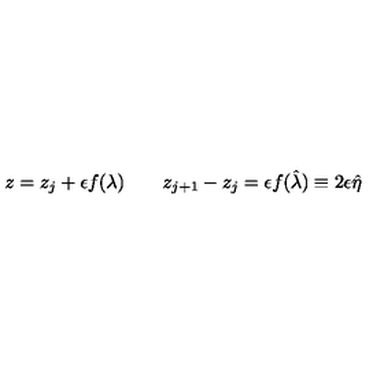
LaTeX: z = z _ { j } + \epsilon f ( \lambda ) \qquad z _ { j + 1 } - z _ { j } = \epsilon f ( \hat { \lambda } ) \equiv 2 \epsilon \hat { \eta }